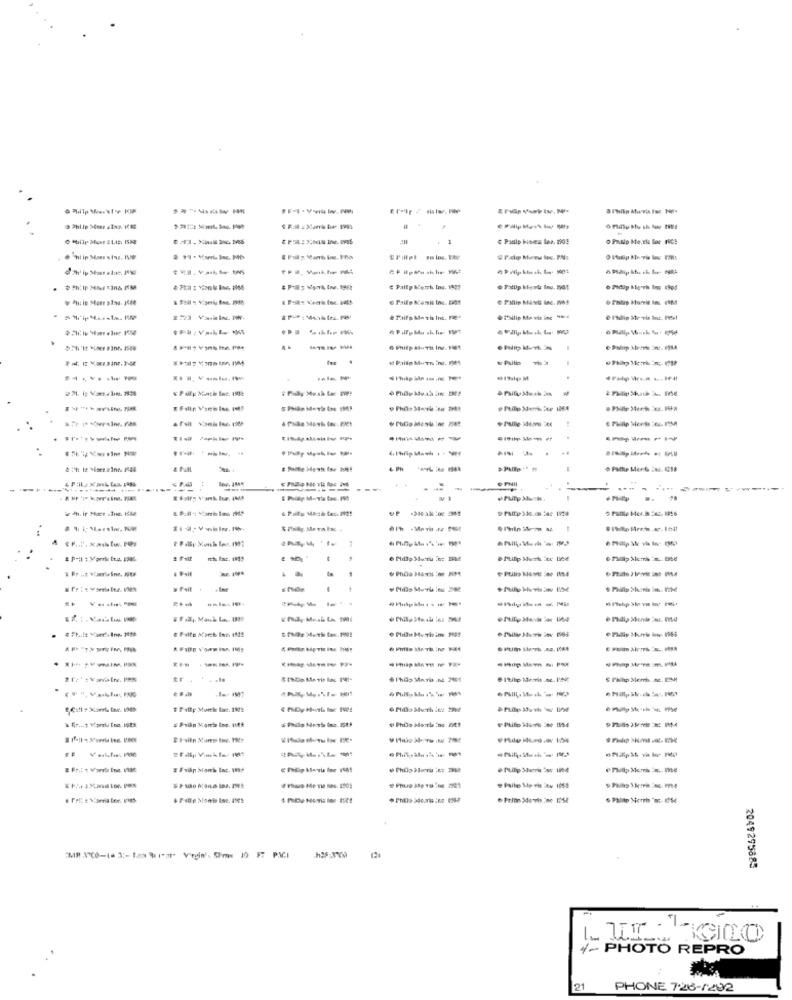
O Prudp Me.Elu loc FC!
· "wi in Store - iss. I
------
C PalEp Merch Ing. 1905
· Fillip kişwir Ing. 565
Pallip Musel Inc. W65
& Taifp Ma th Inc. Fa
----
6 Fhiep atuTil Ine. 16%
.
I Filln Varch Ins. 15
This Mark ice THE
. ------
-----
-----
.
----
---
-------
-
ie dh. ip Mace sine. 1682
5 Fallle Mer.is :67. 1926
1
# Puit
Ptilis Moms :40 14
& Falto March Inc. IN!
0 Mldto Musth ins 1199
tr . . ....
. I'tibp Neoris .sc. I'M
E Phihp Merrh .Se. EMM
#Filip Moreke tuc. 1902
------
enitp Merh .... The
# Faile Me vis Jeu 1955
& #ap Monis Ise. 1542
2049295885
4- PHOTO REPRO
21
PHONE 7.26-1292